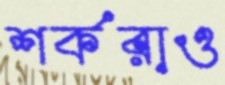
শর্করাও